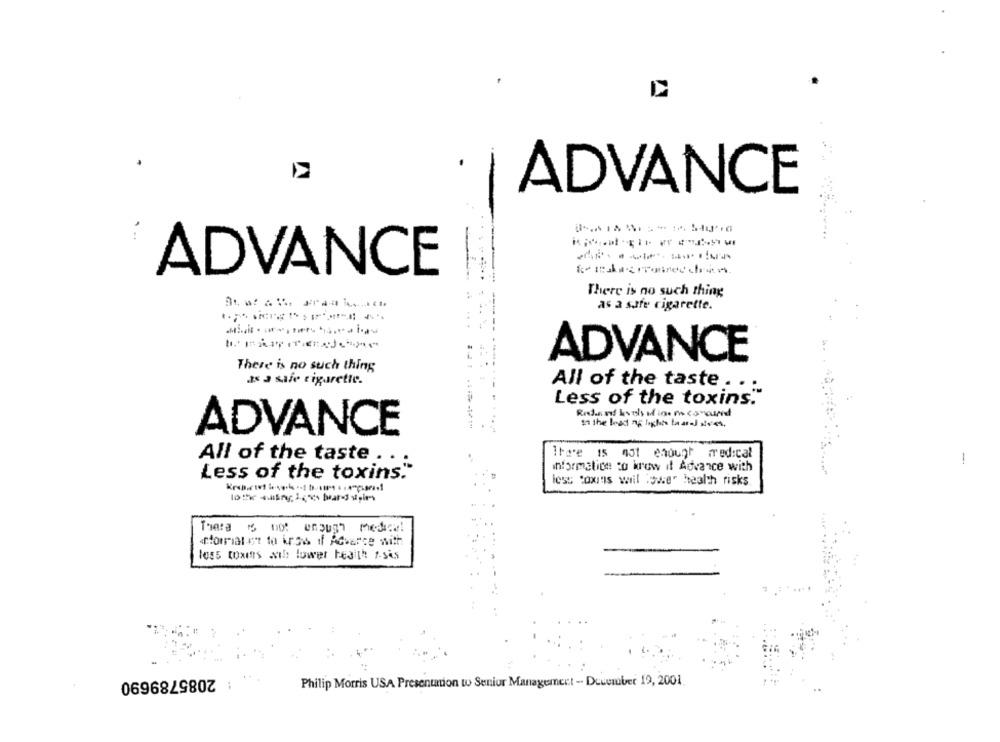
ADVANCE
-
ADVANCE
There is no such thing
as a safe cigarette.
...
-----
ADVANCE
There is no such thing
Is a safe cigarette.
All of the taste . ..
Less of the toxins.
Ride st kuils of ine ma caround
ADVANCE
All of the taste . . .
Itare 15 001 enough medical
1
information to know if Advance with
Less of the toxins."
less toxins will lower health risks
There is not enough Medical
entomat ent to ings if Advarce with
1055 toxins ath lower heaith f-sås
2085789690
Philip Morris USA Presentation to Senior Management - December 19, 2001